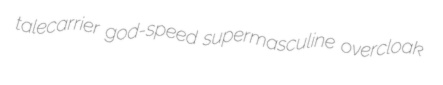
talecarrier god-speed supermasculine overcloak